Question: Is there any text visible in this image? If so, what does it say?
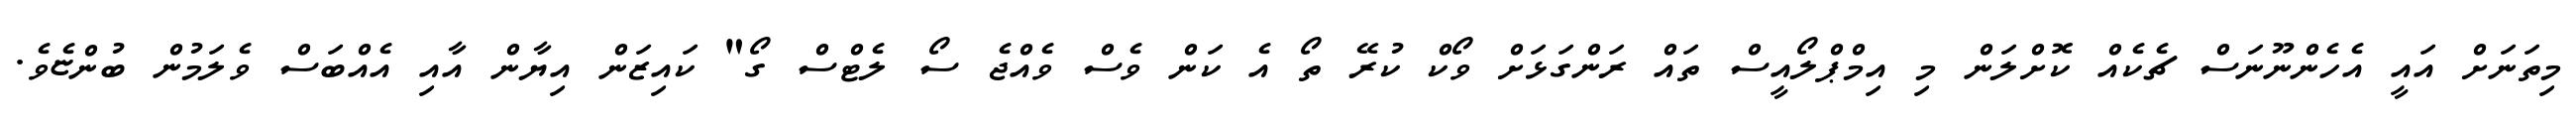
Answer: މިތަނަށް އައީ އެހެންނޫނަސް ޗެކެއް ކޮށްލަން މި އިމްޕްލޯއީސް ތައް ރަންގަޅަށް ވޯކް ކުރޭ ތޯ އެ ކަން ވެސް ވެއްޖެ ސޯ ލެޓްސް ގޯ" ކައިޒަން އިޔާން އާއި އެއްބަސް ވެލަމުން ބުންޏެވެ.